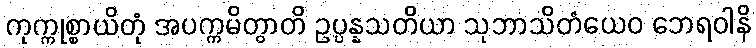
ကုက္ကုစ္စာယိတုံ အပက္ကမိတွာတိ ဥပ္ပန္နသတိယာ သုဘာသိတံယေဝ ဘေရဝါနိ